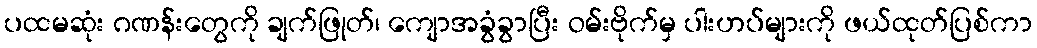
ပထမဆုံး ဂဏန်းတွေကို ချက်ဖြုတ်၊ ကျောအခွံခွာပြီး ဝမ်းဗိုက်မှ ပါးဟပ်များကို ဖယ်ထုတ်ပြစ်ကာ